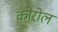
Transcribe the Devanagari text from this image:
कोरोल